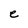
Character: e